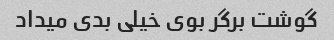
گوشت برگر بوی خیلی بدی میداد